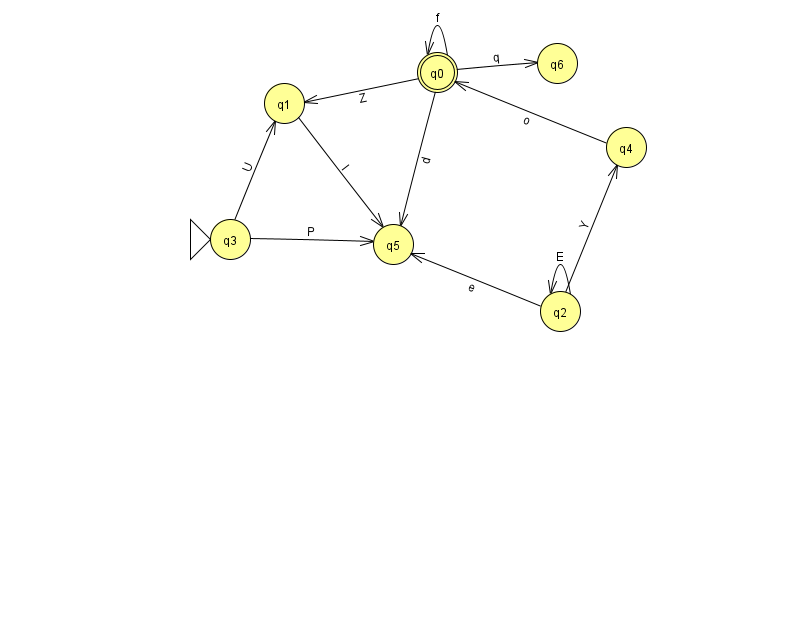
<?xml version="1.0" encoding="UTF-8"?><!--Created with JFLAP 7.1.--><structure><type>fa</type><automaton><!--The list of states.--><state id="0" name="q0"><x>437.0</x><y>59.0</y><final/></state><state id="1" name="q1"><x>284.0</x><y>90.0</y></state><state id="2" name="q2"><x>560.0</x><y>298.0</y></state><state id="3" name="q3"><x>230.0</x><y>226.0</y><initial/></state><state id="4" name="q4"><x>626.0</x><y>134.0</y></state><state id="5" name="q5"><x>393.0</x><y>231.0</y></state><state id="6" name="q6"><x>557.0</x><y>50.0</y></state><!--The list of transitions.--><transition><from>3</from><to>1</to><read>U</read></transition><transition><from>3</from><to>5</to><read>P</read></transition><transition><from>0</from><to>5</to><read>d</read></transition><transition><from>2</from><to>2</to><read>E</read></transition><transition><from>0</from><to>0</to><read>f</read></transition><transition><from>2</from><to>4</to><read>Y</read></transition><transition><from>2</from><to>5</to><read>e</read></transition><transition><from>0</from><to>6</to><read>q</read></transition><transition><from>1</from><to>5</to><read>l</read></transition><transition><from>0</from><to>1</to><read>Z</read></transition><transition><from>4</from><to>0</to><read>o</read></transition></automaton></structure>